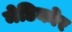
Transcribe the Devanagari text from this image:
मेडिकोर